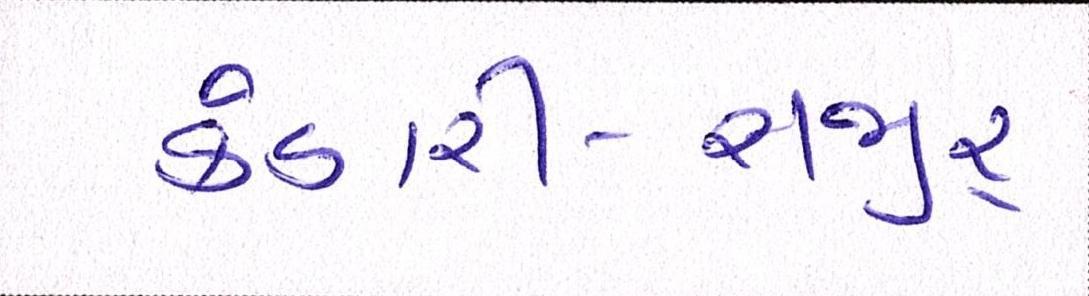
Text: કંડારી-સજીર્